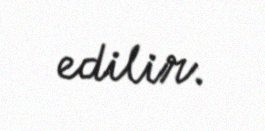
edilir.